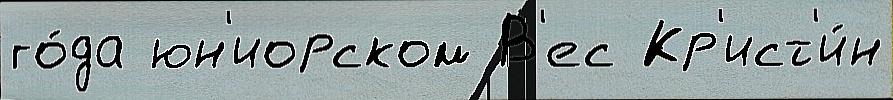
го́да юн'иорском В'ес Кр'ист'и́н